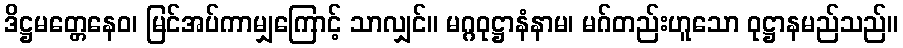
ဒိဋ္ဌမတ္တေနေဝ၊ မြင်အပ်ကာမျှကြောင့် သာလျှင်။ မဂ္ဂဝုဋ္ဌာနံနာမ၊ မဂ်တည်းဟူသော ဝုဋ္ဌာနမည်သည်။